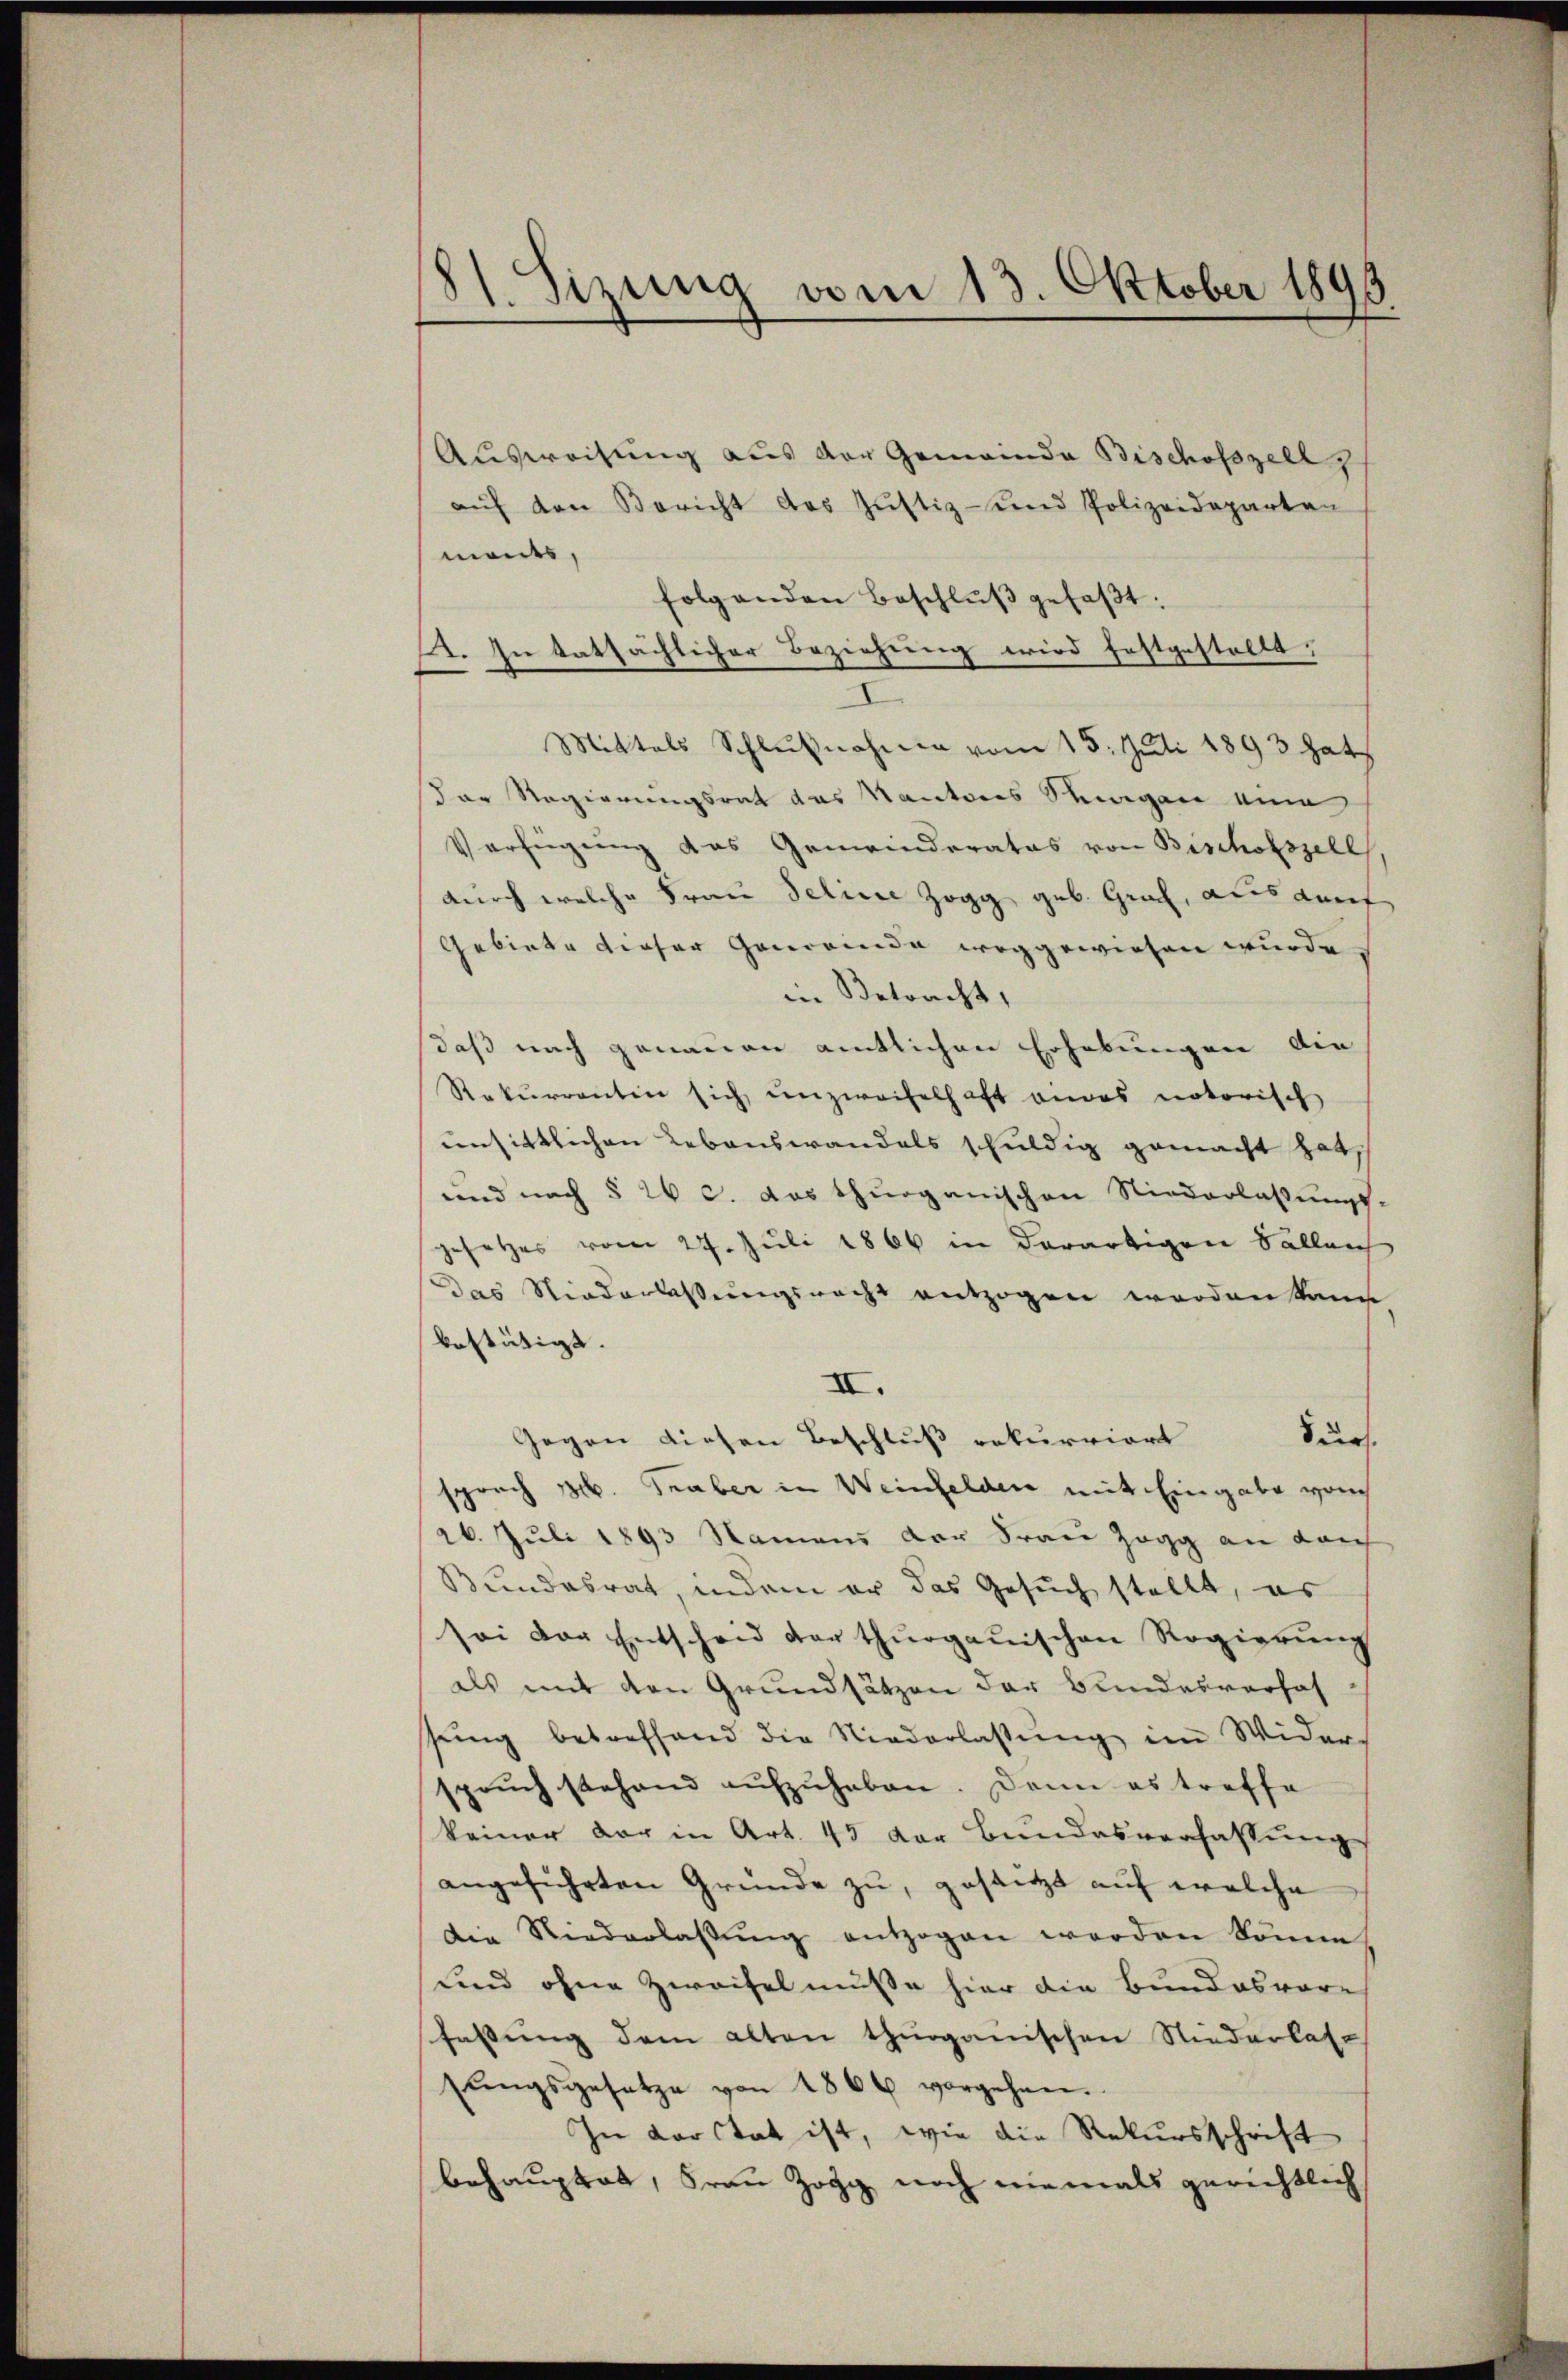
81. Sizung vom 13. Oktober 1891

Ausweisung aus der Gemeinde Bischofszell
aŭf den Bericht des Jŭstiz- und Polizeideparten
ments,
folgenden Beschlŭβ gefaβt:
2. In tatsächlicher Beziehung wird festgestellt,
Mittels Schlŭβnahme vom 15. Juli 1893 hat
der Regierungsrat das Kantons Steigen eine
Verfügŭng das Gemeinderates von Bischofszell
durch welche Frau Seline Zogg geb. Graf, aus darf
Gebiete dieser Gemeinde weggewiesen wurde
in Betracht,
daß nach genauen amtlichen Erhebungen die
Rekurrenten sich unzweifelhaft andes notorisch
unsittlichen Lebenswandels schuldig gemacht hat,
und nach § 26 c. das thurganischen Niederlassungs-
gesetzes vom 27. Juli 1866 in derartigen Salleich
das Niederlassungsrecht entzogen worden kann
bestätigt.
II.
Surs
Gegen diesen Beschluss rekurriert
sprach M. Traber in Weinfelden mit Eingabe von
26. Juli 1893 Namens der Frau Zogg an dar
Bundesrat, indem er das Gesuch stellt, es
sei der Entscheid der thurgauischen Regierŭng
als mit den Grundsätzen der Bundesverhof
sŭng betreffend die Niederlassŭng im Wider
sprŭch stehend aŭfzŭheben. Dann es treffe
keiner der in Art. 45 der Bundesverfassŭngs
angeführten Gründe zu, gesanzt auf welche
Die Niederlassŭng entzogen werden könne
Lnd ohne Zweifel müsse hier die Bundesvor-
fassung dem alten thurgauischen Niederlassŭngsgesetze von 1866 vorgehen.
In Vorstat ist, wie die Rekursschrift
behauptet, Frau Zogg noch niemals gerichtlich